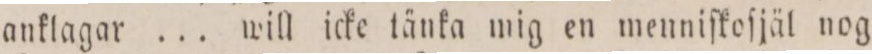
anklagar ... will icke tänka mig en menniſkoſjäl nog